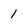
Character: 1